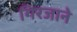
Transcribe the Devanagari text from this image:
गिरजाने